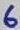
Text: 6